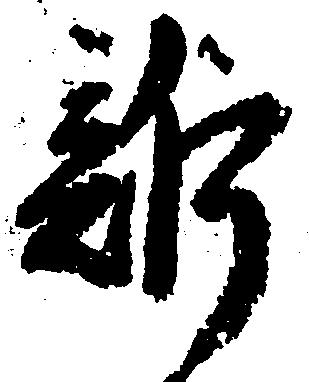
訴